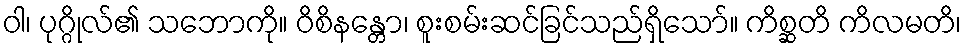
ဝါ၊ ပုဂ္ဂိုလ်၏ သဘောကို။ ဝိစိနန္တော၊ စူးစမ်းဆင်ခြင်သည်ရှိသော်။ ကိစ္ဆတိ ကိလမတိ၊